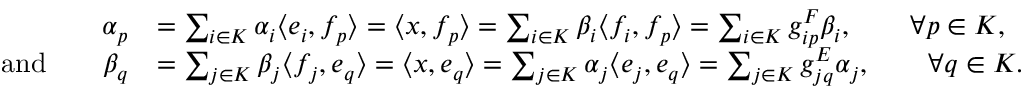
\begin{array} { r l } { \alpha _ { p } } & { = \sum _ { i \in K } \alpha _ { i } \langle e _ { i } , f _ { p } \rangle = \langle x , f _ { p } \rangle = \sum _ { i \in K } \beta _ { i } \langle f _ { i } , f _ { p } \rangle = \sum _ { i \in K } g _ { i p } ^ { F } \beta _ { i } , \qquad \forall p \in K , } \\ { \mathrm { a n d } \qquad \beta _ { q } } & { = \sum _ { j \in K } \beta _ { j } \langle f _ { j } , e _ { q } \rangle = \langle x , e _ { q } \rangle = \sum _ { j \in K } \alpha _ { j } \langle e _ { j } , e _ { q } \rangle = \sum _ { j \in K } g _ { j q } ^ { E } \alpha _ { j } , \qquad \forall q \in K . } \end{array}